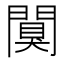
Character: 闃